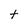
Character: t